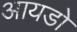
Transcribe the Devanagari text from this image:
आयडो